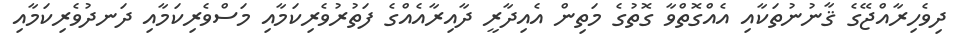
ދިވެހިރާއްޖޭގެ ޤާނުނުތަކާއި އެއްގޮތްވާ ގޮތުގެ މަތިން އެއިދާރީ ދާއިރާއެއްގެ ފަތުރުވެރިކަމާއި މަސްވެރިކަމާއި ދަނދުވެރިކަމާއި